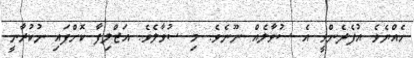
ހެއްޔެވެ އުފެދެންވީ އެ ސުވާލެއް ނޫނެވެ. މި ސުވާލެވެ. އަޒްލިފާ ކޮށްފައި ނުކުރާނީ